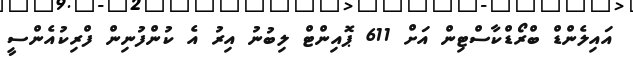
އައިލެންޑް ބްރޯޑްކާސްޓިން އަށް 611 ޕޮއިންޓް ލިބުނު އިރު އެ ކުންފުނިން ފްރިކުއެންސީ